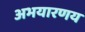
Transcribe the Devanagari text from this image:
अभयारणय